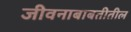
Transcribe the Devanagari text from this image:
जीवनाबाबतीतील